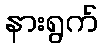
နားရွက်